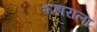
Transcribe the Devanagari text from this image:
शहाराला